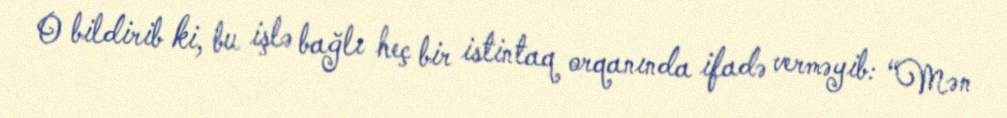
O bildirib ki, bu işlə bağlı heç bir istintaq orqanında ifadə verməyib: “Mən